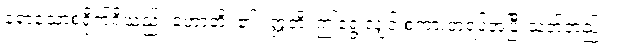
ရောသောစရိုက်ရှိသည်။ ဟောတိ၊ ၏။ ဣတိ၊ ဤရွေ့လျှင် စကားတရပ်အပြီးသတ်တည်း။